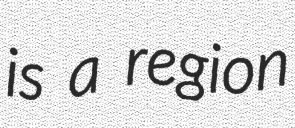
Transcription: is a region